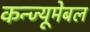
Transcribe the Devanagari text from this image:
कन्ज्यूमेबल